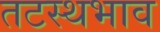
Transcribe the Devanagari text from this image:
तटस्थभाव